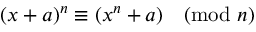
( x + a ) ^ { n } \equiv ( x ^ { n } + a ) { \pmod { n } }